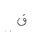
Letter: _qaf